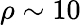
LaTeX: \rho\sim 10